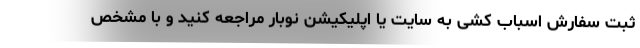
ثبت سفارش اسباب کشی به سایت یا اپلیکیشن نوبار مراجعه کنید و با مشخص